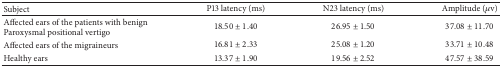
<table><thead><tr><td><b>Subject </b></td><td><b>P13 latency (ms) </b></td><td><b>N23 latency (ms) </b></td><td><b>Amplitude (<i>μ</i>v)</b></td></tr></thead><tbody><tr><td>Affected ears of the patients with benign Paroxysmal positional vertigo</td><td>18.50 ± 1.40</td><td>26.95 ± 1.50</td><td>37.08 ± 11.70</td></tr><tr><td>Affected ears of the migraineurs</td><td>16.81 ± 2.33</td><td>25.08 ± 1.20</td><td>33.71 ± 10.48</td></tr><tr><td>Healthy ears</td><td>13.37 ± 1.90</td><td>19.56 ± 2.52</td><td>47.57 ± 38.59</td></tr></tbody></table>